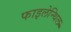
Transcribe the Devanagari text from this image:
फाइलेन्थिल